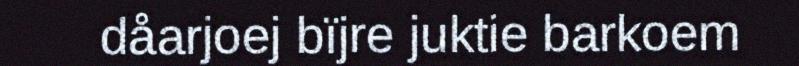
dåarjoej bïjre juktie barkoem